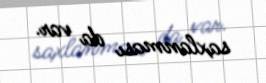
saxlanması da var.